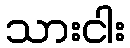
သားငါး